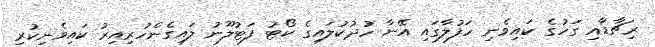
ރިޗާޑާއި ގަހުގެ ކައިވެނި ހަފުލާގައި އޭނާ ހުދުކުލައިގެ ކޯޓު ފަޓުލޫނު ލައިގެންހުރިއިރު ކައިވެނިކުރި